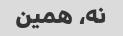
نه، همین